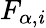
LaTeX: F_{\alpha,\mathit{i}}